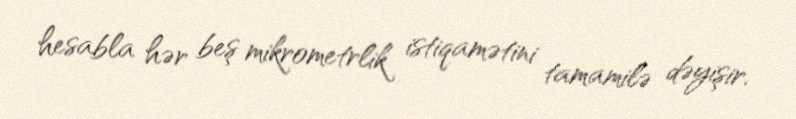
hesabla hər beş mikrometrlik istiqamətini tamamilə dəyişir.